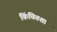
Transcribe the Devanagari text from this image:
किंचितशा